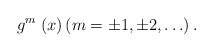
\begin{align*}g^{m}\;(x)\left( m=\pm 1,\pm 2,\ldots \right) .\end{align*}